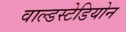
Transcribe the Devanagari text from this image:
वाल्डस्टेडियोन